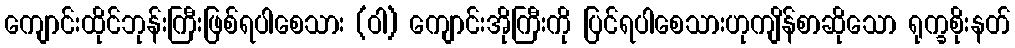
ကျောင်းထိုင်ဘုန်းကြီးဖြစ်ရပါစေသား (ဝါ) ကျောင်းအိုကြီးကို ပြင်ရပါစေသားဟုကျိန်စာဆိုသော ရုက္ခစိုးနတ်